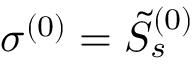
\sigma ^ { ( 0 ) } = \Tilde { S } _ { s } ^ { ( 0 ) }